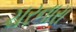
ચરનારા